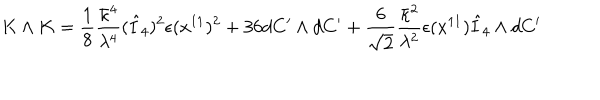
K \wedge K = \frac { 1 } { 8 } \frac { \bar { \kappa } ^ { 4 } } { \lambda ^ { 4 } } ( \hat { I } _ { 4 } ) ^ { 2 } \epsilon ( x ^ { 1 1 } ) ^ { 2 } + 3 6 d C ^ { \prime } \wedge d C ^ { \prime } + \frac { 6 } { \sqrt { 2 } } \frac { \bar { \kappa } ^ { 2 } } { \lambda ^ { 2 } } \epsilon ( x ^ { 1 1 } ) \hat { I } _ { 4 } \wedge d C ^ { \prime }